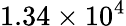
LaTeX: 1.34\times 10^{4}